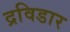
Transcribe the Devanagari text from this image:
द्रविडार